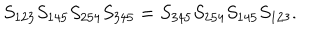
S _ { 1 2 3 } S _ { 1 4 5 } S _ { 2 5 4 } S _ { 3 4 5 } = S _ { 3 4 5 } S _ { 2 5 4 } S _ { 1 4 5 } S _ { 1 2 3 } .